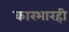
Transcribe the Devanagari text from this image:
कारभारही